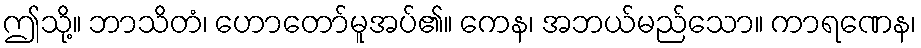
ဤသို့။ ဘာသိတံ၊ ဟောတော်မူအပ်၏။ ကေန၊ အဘယ်မည်သော။ ကာရဏေန၊